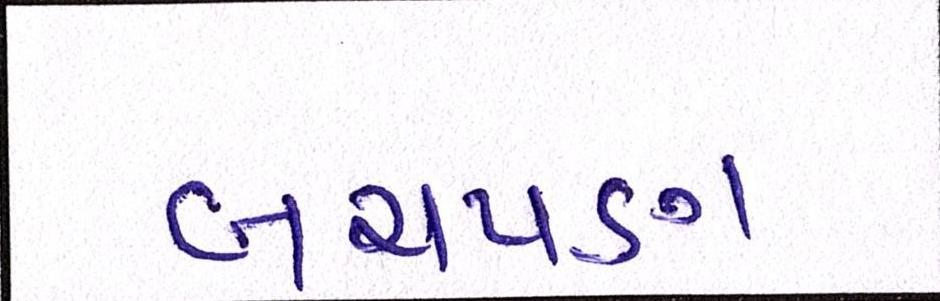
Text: બચપણ